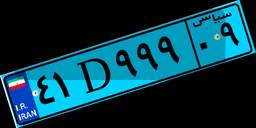
۸۶D۲۱۳۳۸